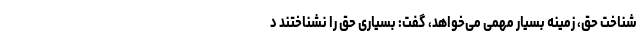
شناخت حق، زمینه بسیار مهمی می‌خواهد، گفت: بسیاری حق را نشناختند د